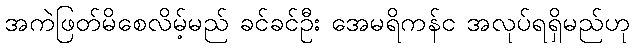
အကဲဖြတ်မိစေလိမ့်မည် ခင်ခင်ဦး အေမရိကန်င အလုပ်ရရှိမည်ဟု